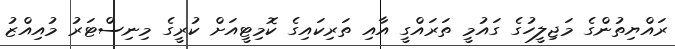
ރައްޔިތުންގެ މަޖިލީހުގެ ގައުމީ ތަރައްގީ އާއި ތަރިކައިގެ ކޮމިޓީއަށް ކުރީގެ މިނިސްޓަރު މުއިއްޒު